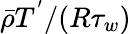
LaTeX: \bar{\rho}T^{'}/(R\tau_{w})